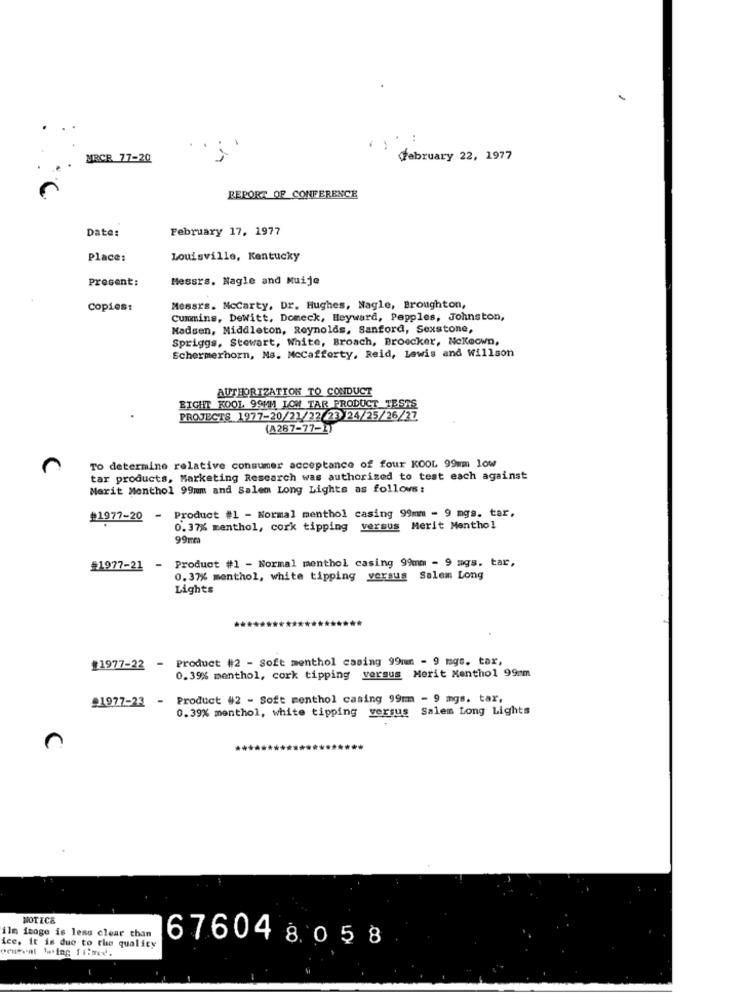
MRCR 77-20
February 22, 1977
REPORT OF CONFERENCE
Date:
February 17, 1977
Place:
Louisville, Kentucky
Prosent:
Messrs. Nagle and Muije
Copies:
Messrs. Mccarty, Dr. Hughes, Nagle, Broughton,
Cummins, DeWitt, Domeck, Heyward, Pepples, Johnston,
Madsen, Middleton, Reynolds, Sanford, Sexstone,
Spriggs, Stewart, White, Broach, Broecker, Nekeown,
Schermerhorn, Ns. Mccafferty, Reid, Lewis and Willson
AUTHORIZATION TO CONDUCT
BIGHT KOOL 99MM LOW TAR PRODUCT TESTS
PROJECTS 1977-20/21/22/23 /24/25/26/27
(A287-77-1)
To determine relative consumer acceptance of four KOOL 99mm low
tar products, Marketing Research was authorized to test each against
Merit Menthol 99mm and Salem Long Lights as follows:
#1977-20 - Product #1 - Normal menthol casing 99mm - 9 mgs. tar,
0.37% menthol, cork tipping versus Merit Menthol
99mm
#1977-21 - Product #1 - Normal menthol casing 99mm - 9 mgs. tar,
0.37% menthol, white tipping versus Salem Long
Lights
#1977-22 - Product #2 - Soft menthol casing 99mm - 9 mgs. tax,
0.39% menthol, cork tipping versus Merit Menthol 99cm
91977-23 -
Product #2 - Soft menthol casing 99mm - 9 mgs. tax,
0.39% menthol, white tipping versus Salem Long Lights
NOTICE
ilm image is less clear than
ice, it is due to the quality
676048058